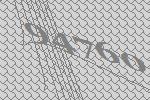
94760